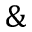
\&